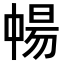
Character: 𬻸